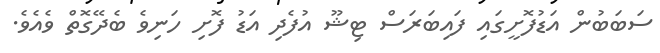
ސަބަބުން އަޑުފޮށީގައި ފައިބަރަސް ޓިޝޫ އުފެދި އަޑު ފޮށި ހަނިވެ ބެދޭގޮތް ވެއެވެ.